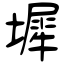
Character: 墀